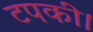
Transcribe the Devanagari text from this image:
टपकी।